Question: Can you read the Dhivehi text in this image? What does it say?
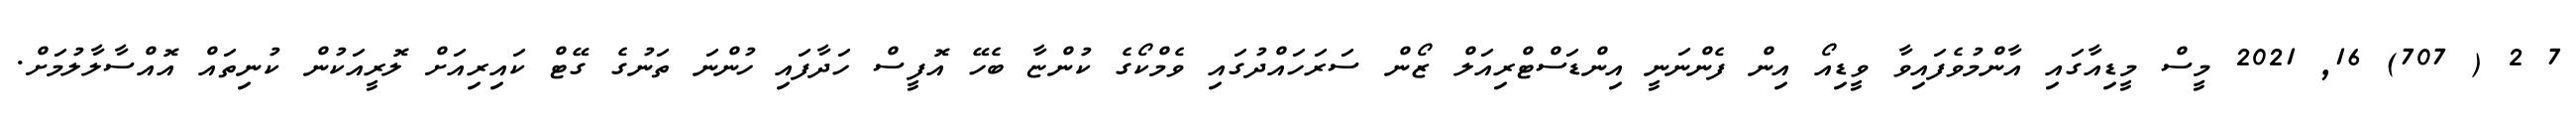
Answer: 7 2 ( 707) 16, 2021 މީސް މީޑިއާގައި އާންމުވެފައިވާ ވީޑިއޯ އިން ފެންނަނީ އިންޑަސްޓްރިއަލް ޒޯން ސަރަހައްދުގައި ވެމްކޯގެ ކުންޏާ ބެހޭ އޮފީސް ހަދާފައި ހުންނަ ތަނުގެ ގޭޓް ކައިރިއަށް ލޮރީއަކުން ކުނިތައް އޮއްސާލާލުމަށް.